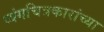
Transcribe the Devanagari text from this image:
व्यंगचित्रकारांच्या